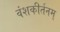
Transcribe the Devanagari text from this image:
वंशकीर्तनम्